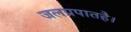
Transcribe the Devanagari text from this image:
जलप्रपातहै।